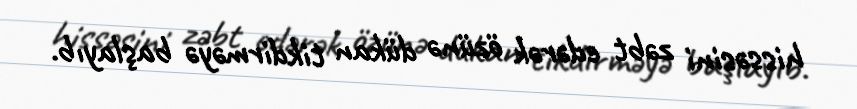
hissəsini zəbt edərək özünə dükan tikdirməyə başlayıb.